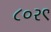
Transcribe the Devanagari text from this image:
८०२९